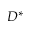
D ^ { * }